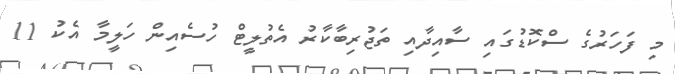
މި ފަހަރުގެ ސްކޮޑުގައި ސާއިދާއި ތަޖުރިބާކާރު އެތުލީޓް ހުސެއިން ހަލީމާ އެކު 11